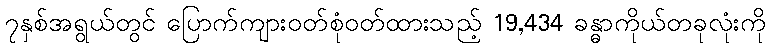
၇နှစ်အရွယ်တွင် ပြောက်ကျားဝတ်စုံဝတ်ထားသည့် 19,434 ခန္ဓာကိုယ်တခုလုံးကို